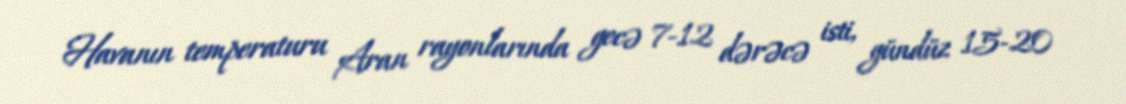
Havanın temperaturu Aran rayonlarında gecə 7-12 dərəcə isti, gündüz 15-20